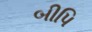
બીપિ